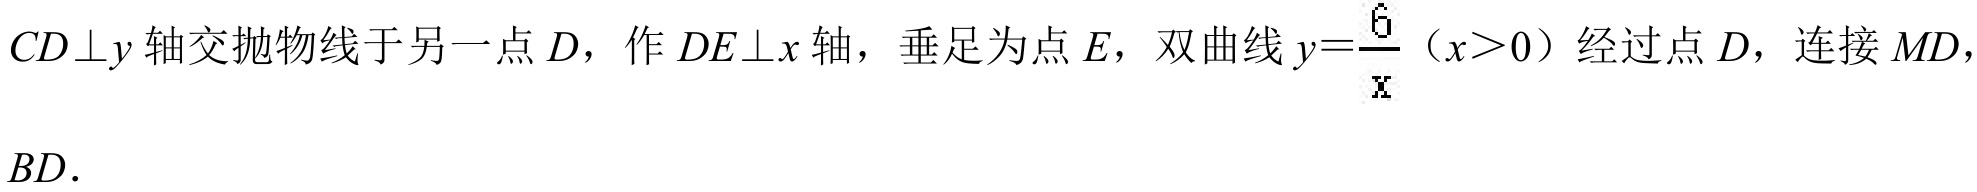
$CD\perp y$轴交抛物线于另一点$D$，作$DE\perp x$轴，垂足为点$E$，双曲线$y = \frac{6}{x}$（$x>0$）经过点$D$，连接$MD$，$BD$．